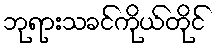
ဘုရားသခင်ကိုယ်တိုင်